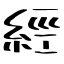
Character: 經